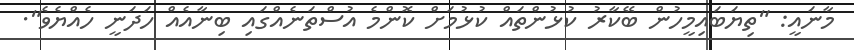
މާނައީ: "ތިޔަބައިމީހުން ބޭކާރު ކުޅުންތައް ކުޅުމަށް ކޮންމެ އުސްތަނެއްގައި ބިނާއެއް ހަދަނީ ހެއްޔެވެ".